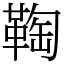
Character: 𩋃